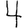
Digit: 4